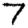
Digit: 7